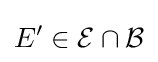
E^{\prime }\in {\mathcal {E}}\cap {\mathcal {B}}